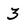
Character: 3